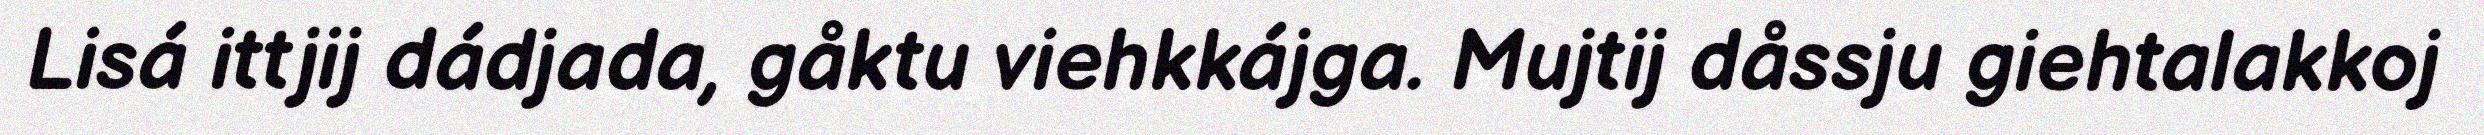
Lisá ittjij dádjada, gåktu viehkkájga. Mujtij dåssju giehtalakkoj